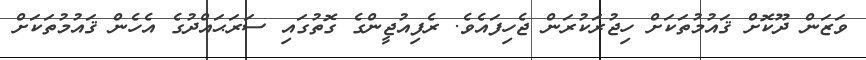
ވަޒަން ދޫކޮށް ޤައުމުތަކަށް ހިޖުރަކުރަން ޖެހިފައެވެ. ރެފިއުޖީންގެ ގޮތުގައި ސަރަޙައްދުގެ އެހެން ޤައުމުތަކަށް